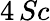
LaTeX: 4\, Sc